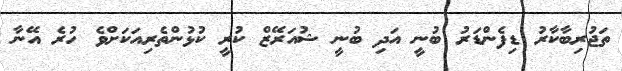
ތަޖުރިބާކާރު ޑިފެންޑަރު ބުނީ އަދި ބުނީ ޝުއަރޭޒް ކުރީ ކުޅުންތެރިއަކަށްވެ ހުރެ އޭނާ